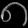
Digit: ၈